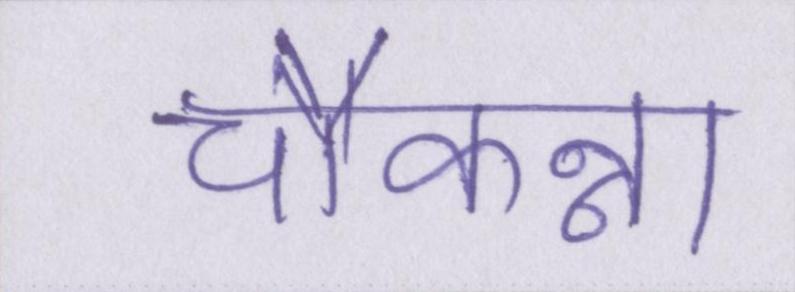
चौकन्ना